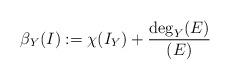
LaTeX: \begin{align*}\beta_{Y}(I):=\chi(I_{Y})+\frac{\deg_{Y}(E)}{(E)}\end{align*}